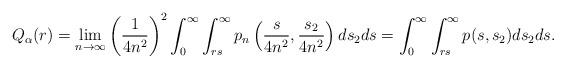
LaTeX: \begin{align*}Q_{\alpha}(r) = \lim_{n\to\infty} \left( \frac{1}{4n^{2}} \right)^{2} \int_{0}^{\infty}\int_{rs}^{\infty} p_{n}\left( \frac{s}{4n^{2}},\frac{s_{2}}{4n^{2}}\right)ds_{2}ds = \int_{0}^{\infty} \int_{rs}^{\infty} p(s,s_{2})ds_{2}ds.\end{align*}